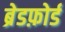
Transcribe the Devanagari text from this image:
ब्रेडफ़ोर्ड